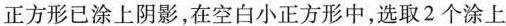
正方形已涂上阴影，在空白小正方形中，选取2个涂上